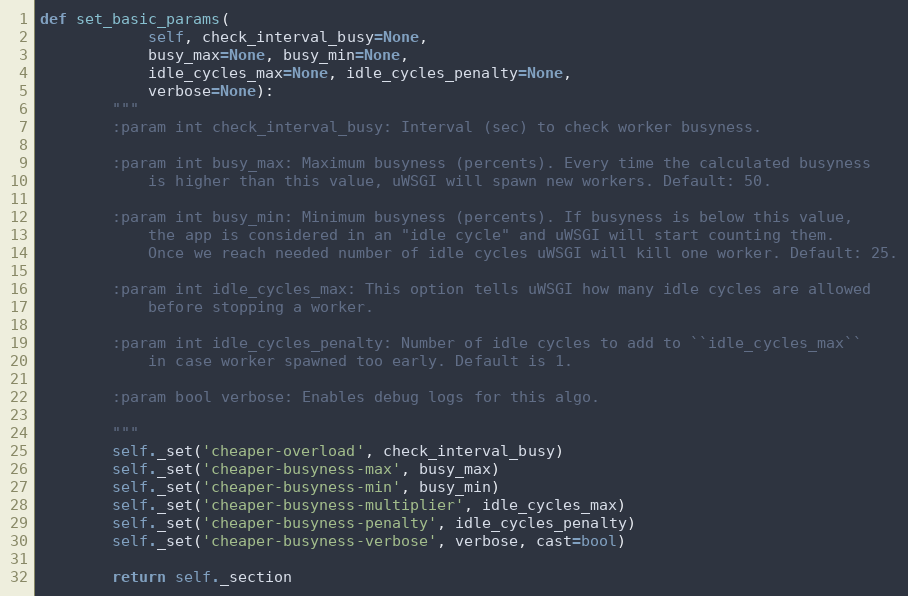
Language: Python
def set_basic_params(
            self, check_interval_busy=None,
            busy_max=None, busy_min=None,
            idle_cycles_max=None, idle_cycles_penalty=None,
            verbose=None):
        """
        :param int check_interval_busy: Interval (sec) to check worker busyness.

        :param int busy_max: Maximum busyness (percents). Every time the calculated busyness
            is higher than this value, uWSGI will spawn new workers. Default: 50.

        :param int busy_min: Minimum busyness (percents). If busyness is below this value,
            the app is considered in an "idle cycle" and uWSGI will start counting them.
            Once we reach needed number of idle cycles uWSGI will kill one worker. Default: 25.

        :param int idle_cycles_max: This option tells uWSGI how many idle cycles are allowed
            before stopping a worker.

        :param int idle_cycles_penalty: Number of idle cycles to add to ``idle_cycles_max``
            in case worker spawned too early. Default is 1.

        :param bool verbose: Enables debug logs for this algo.

        """
        self._set('cheaper-overload', check_interval_busy)
        self._set('cheaper-busyness-max', busy_max)
        self._set('cheaper-busyness-min', busy_min)
        self._set('cheaper-busyness-multiplier', idle_cycles_max)
        self._set('cheaper-busyness-penalty', idle_cycles_penalty)
        self._set('cheaper-busyness-verbose', verbose, cast=bool)

        return self._section